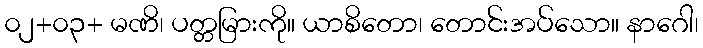
၀၂+၀၃+ မဏိ၊ ပတ္တမြားကို။ ယာစိတော၊ တောင်းအပ်သော။ နာဂေါ၊